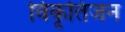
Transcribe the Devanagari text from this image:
विकृतिजन